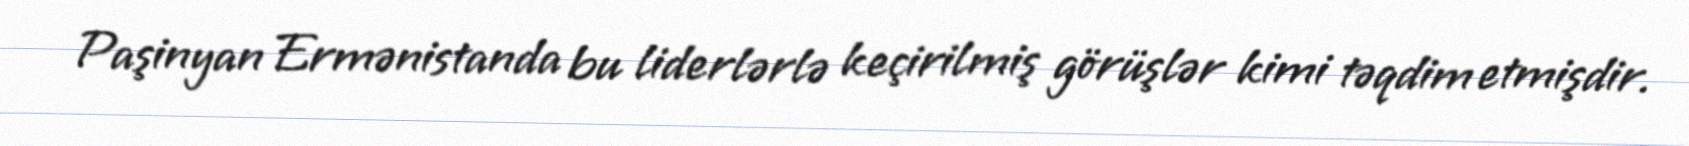
Paşinyan Ermənistanda bu liderlərlə keçirilmiş görüşlər kimi təqdim etmişdir.